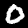
Digit: 0